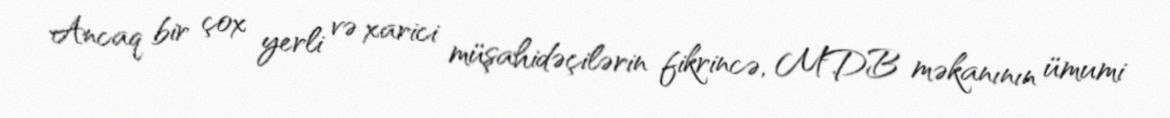
Ancaq bir çox yerli və xarici müşahidəçilərin fikrincə, MDB məkanının ümumi